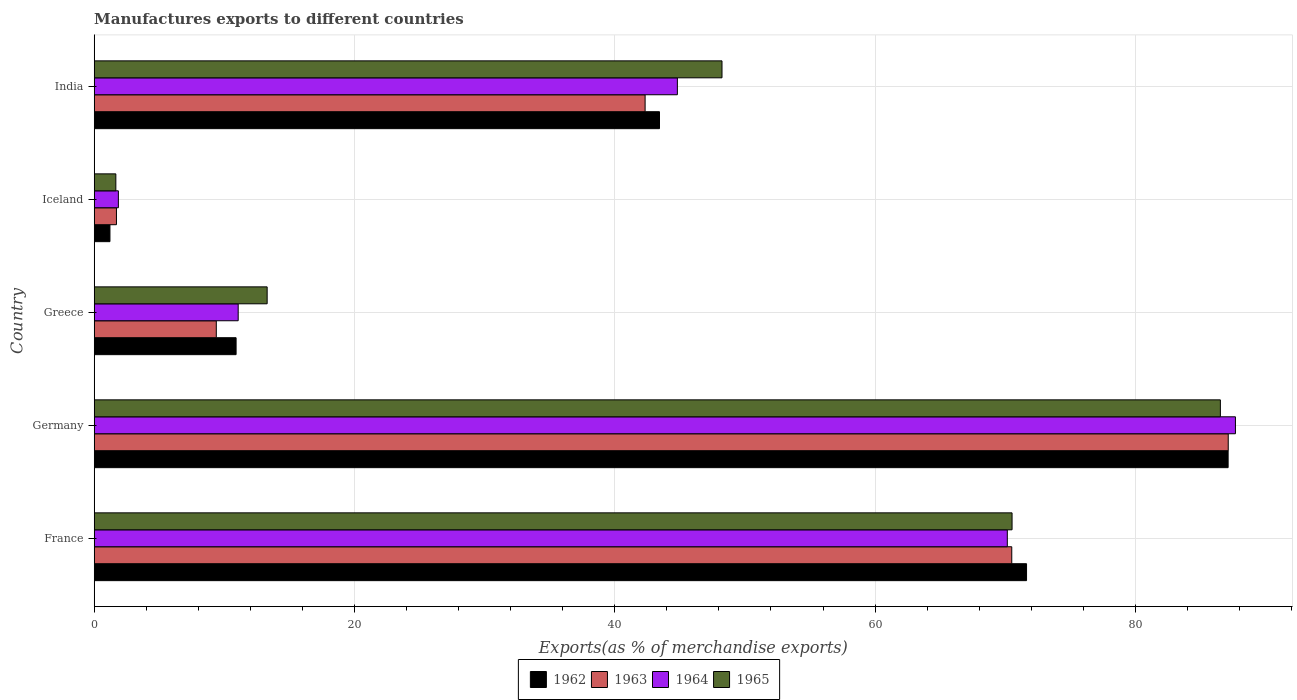
| Country | 1962 | 1963 | 1964 | 1965 |
 | --- | --- | --- | --- | --- |
 | France | 71.6 | 70.5 | 70.2 | 70.5 |
 | Germany | 87.1 | 87.1 | 87.7 | 86.5 |
 | Greece | 10.9 | 9.38 | 11.1 | 13.3 |
 | Iceland | 1.21 | 1.71 | 1.86 | 1.66 |
 | India | 43.4 | 42.3 | 44.8 | 48.2 |